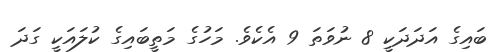
ބައިގެ އަދަދަކީ 8 ނުވަތަ 9 އެކެވެ. މަހުގެ މަތީބައިގެ ކުލައަކީ ގަދަ